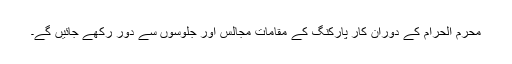
محرم الحرام کے دوران کار پارکنگ کے مقامات مجالس اور جلوسوں سے دور رکھے جائیں گے۔